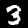
Digit: 3